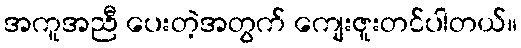
အကူအညီ ပေးတဲ့အတွက် ကျေးဇူးတင်ပါတယ်။